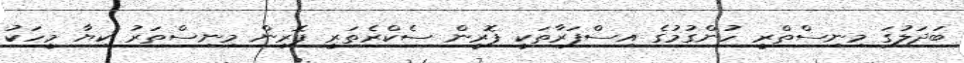
ބަދަލުގަ މިނިސްތްރީ ހުންގުމުގެ އިސްފަރާތަކީ ފޮރީން ސެކްރެތަރީ ފޮރިން މިނިސްތަރު ކިޔާ މީހަކު